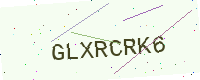
Text: GLXRCRK6